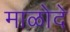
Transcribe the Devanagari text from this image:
माळोदे